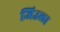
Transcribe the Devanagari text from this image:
जिउला